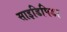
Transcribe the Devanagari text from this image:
साइडिपिडा